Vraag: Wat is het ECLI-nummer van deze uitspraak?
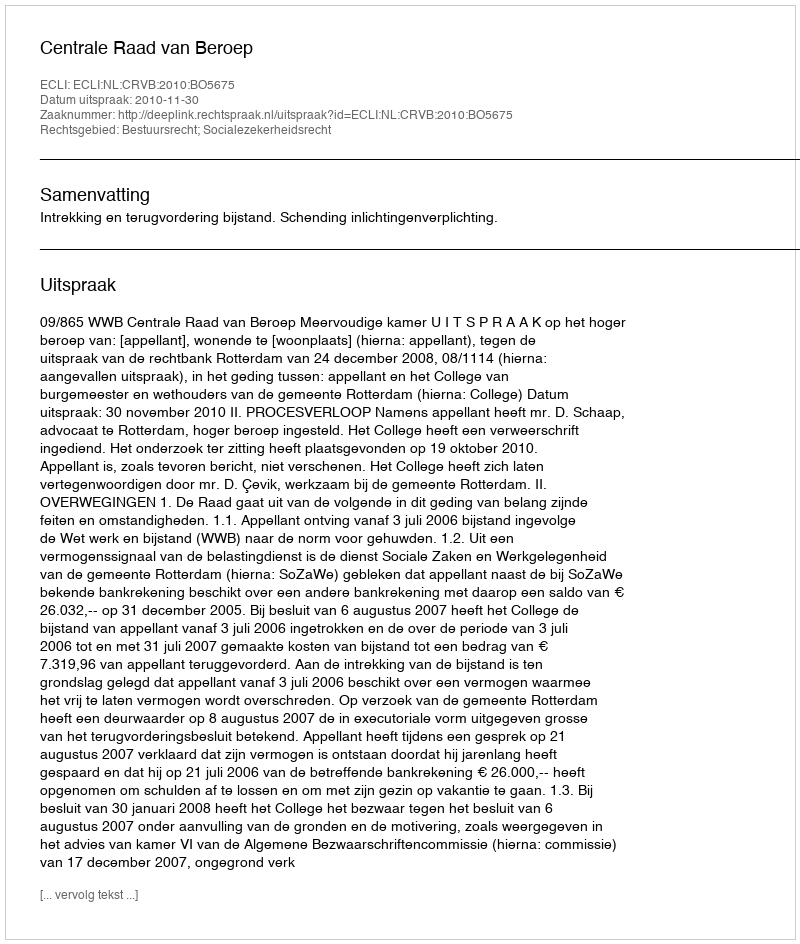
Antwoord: ECLI:NL:CRVB:2010:BO5675